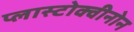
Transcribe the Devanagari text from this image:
प्लास्टोक्वीनोन